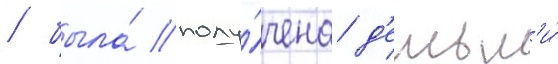
/ была́ полу́чена д'етьм'и́